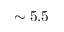
\sim 5 . 5